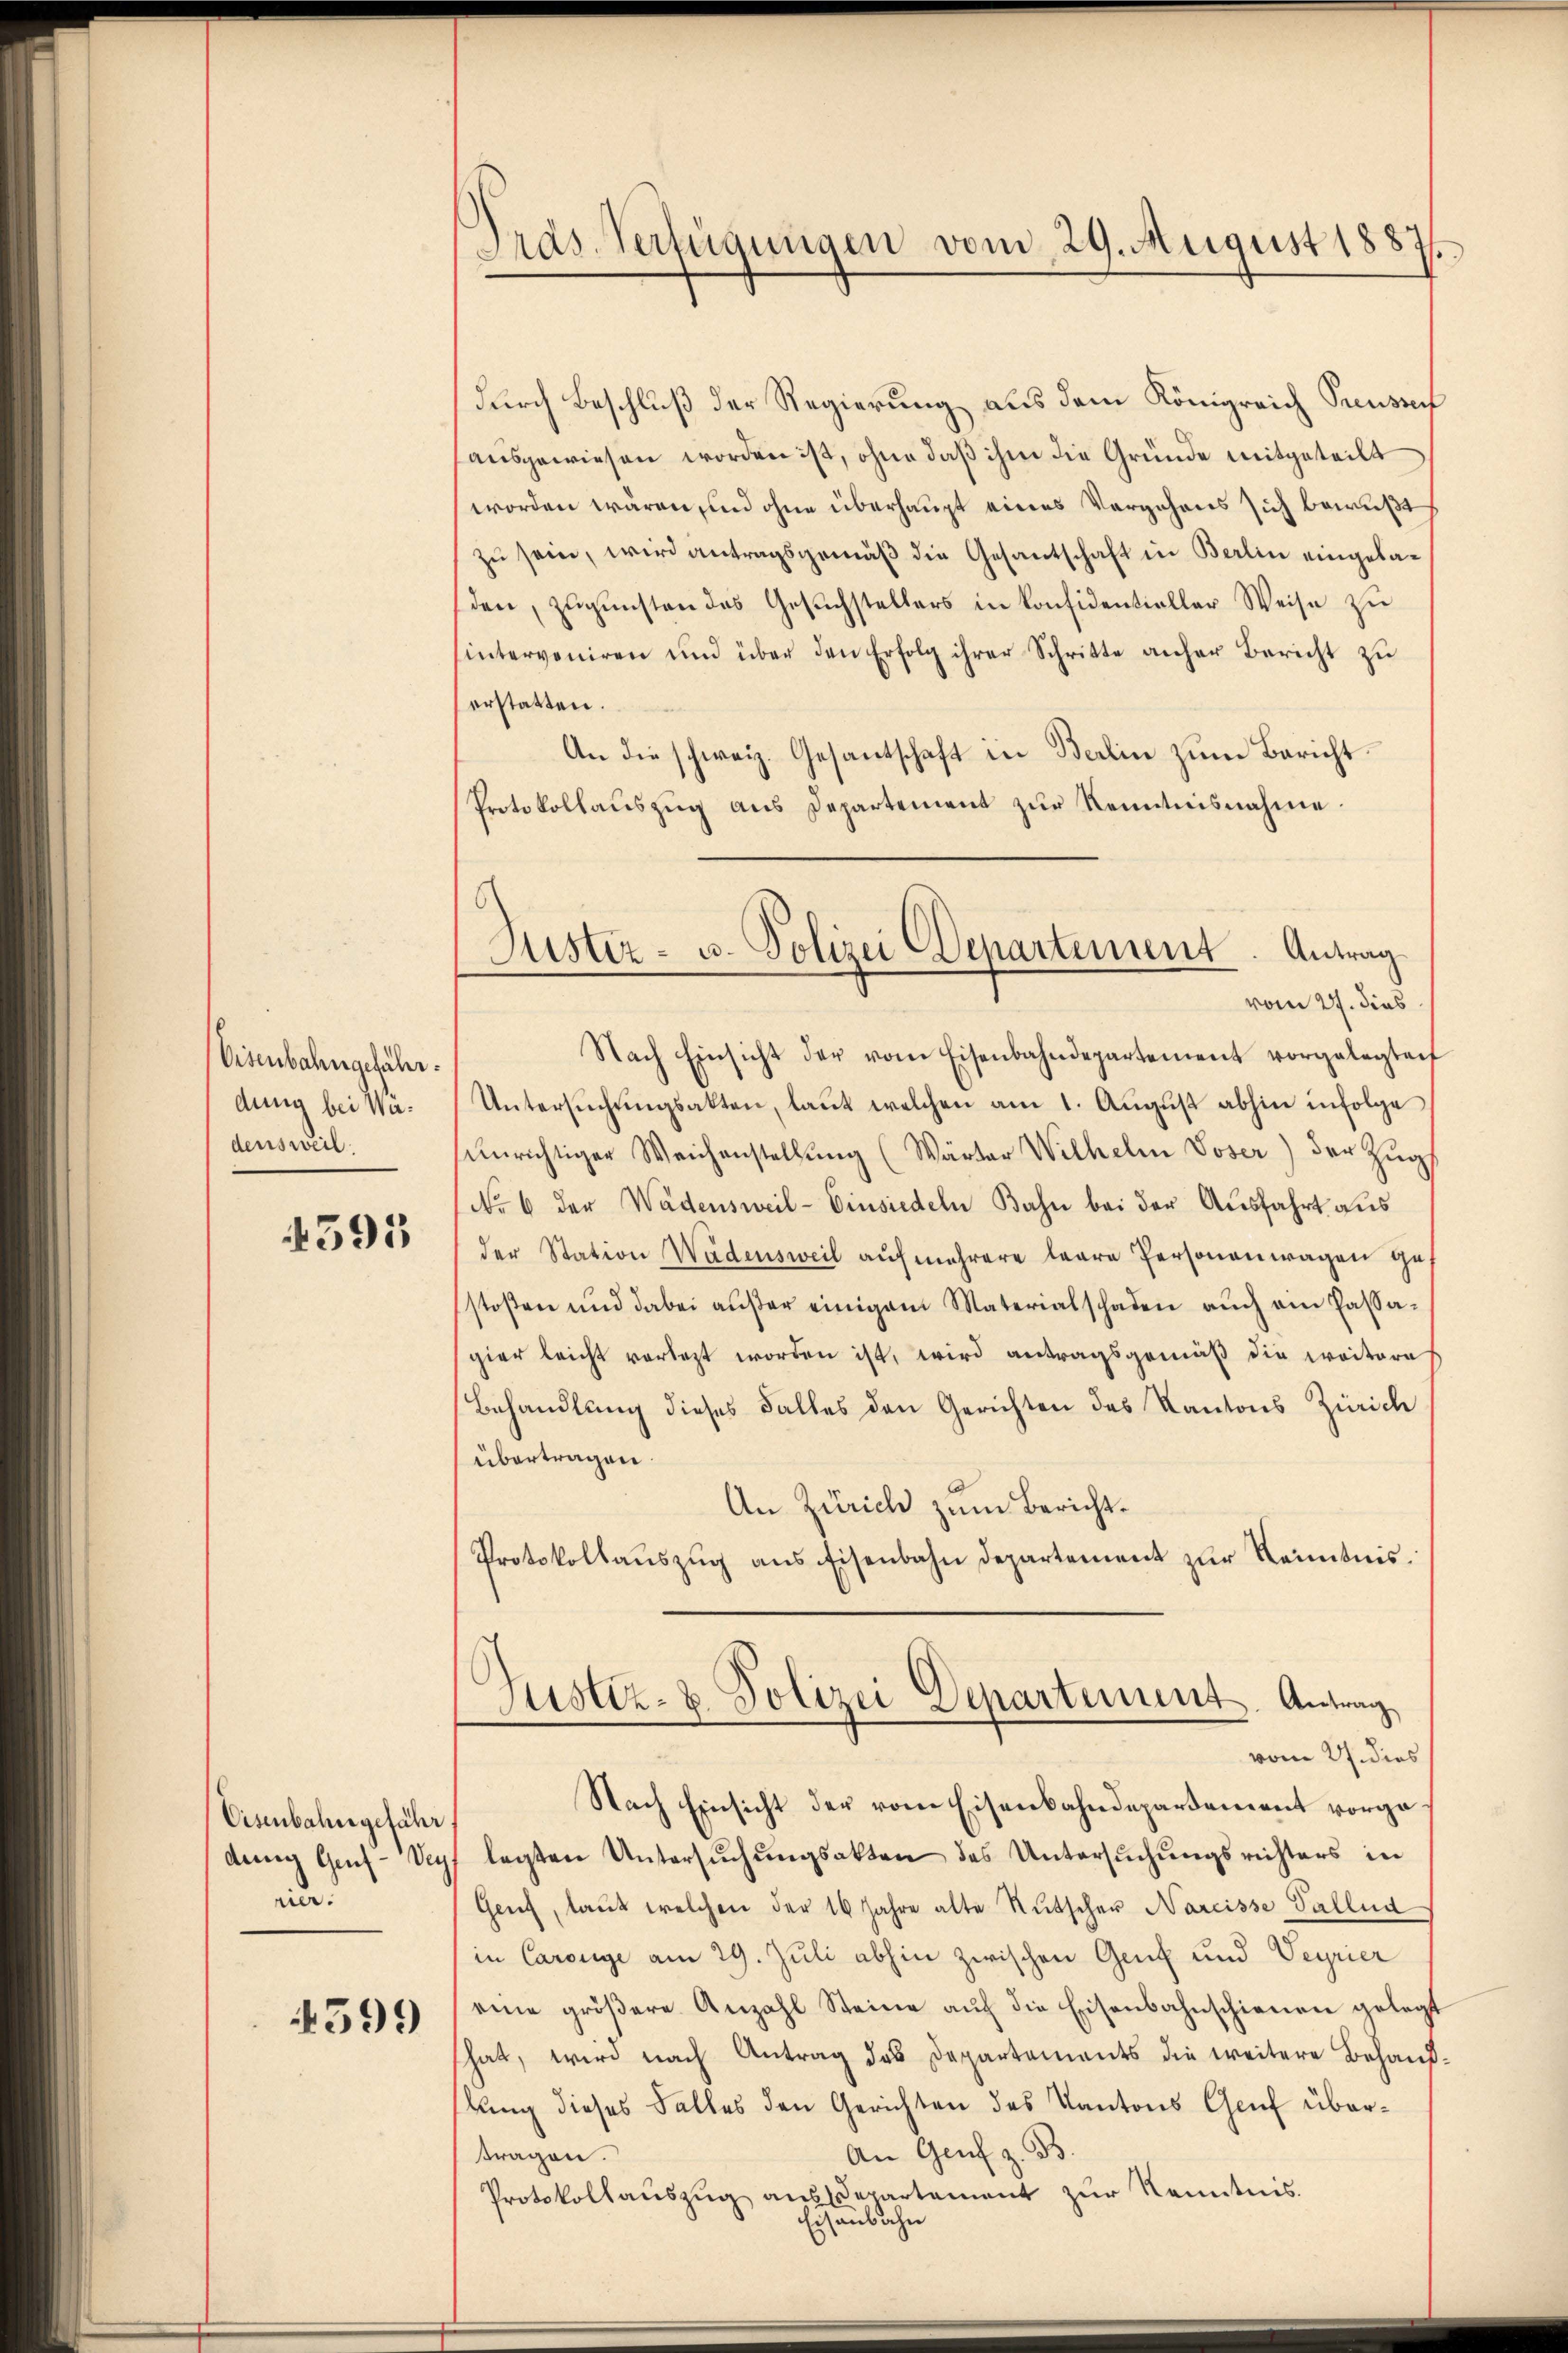
Eisenbahngefährdung bei Wadensweil.

4595

Eisenbahngefähr
denen Gens-Ver
un.

4599

Dras Verfügungen vom 29. August 1887

durch Beschluß der Regierung aus dem Königreich Preusser
ausgewiesen worden ist, ohne daß ihm die Gründe mitgeteilt
worden wären, und ohne überhaupt eines Vergehens sich bewußts
zu sein, wird antragsgemäß die Gesantschaft in Berlin eingeladen, zugunsten das Gesuchstellers in konfidentieller Weise zu
sinterveniren und über den Erfolg ihrer Schritte anher Bericht zu
erstatten.
An die schweiz. Gesantschaft in Berlin zum Bericht
Protokollauszug aus Departement zur Kenntnisnahme
Nach Einsicht der vom Eisenbahndepartement vorgelegten
Untersŭchŭngsakten, laŭt welchen am 1. Aŭgŭst abhin infolge
ŭnrichtiger Weichenstellŭng (Wärter Wilhelm Voser) der Zŭg
No 6 der Wädensweil- Einsiedeln Bahn bei der Ausfahrt aus
der Station Wädensweil aŭfmehrere baare Personenwagen ge-
stoßen und dabei aŭβer einigem Materialschaden aŭch am Passa-
gier leicht vorlegt worden ist, wird antragsgemäß die weitere
Behandlung dieses Falles den Gerichten des Kantons Zürich
übertragen.
An Zürich zum Bericht.
Protokollaŭszŭg ans Eisenbahn Departement zŭr Kenntnis.
Justiz- u. Polizei Departement. Antrag
vom 27. dies
Nach Einsicht der vom Eisenbahndepartement vorgelegten Untersŭchŭngsakten des Untersuchungsrichters in
Genf, laut welchen der 16 Jahre alte Rutscher Nareisse Tallud
in Carouge am 29. Juli abhin zwischen Gut und Veyrier
eine gröβere Anzahl Steine aŭf die Eisenbahnschienen gelegt
hat, wird nach Antrag des Departements die weitere Behauslung dieses Falles den Gerichten des Kantons Gruf über¬
An Genf z. B.
tragen.
Protokollaŭszŭg aŭssepartement zŭr Kenntnis.
Eisenbahn

Justiz- u. Polizei Departement. Antrag
vom 27. dies